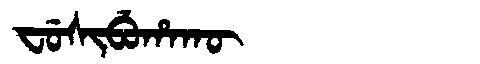
Manchu: ᠸᡠᠰᡳᠪᡠᡥᠠᡴᡡ
Romanization: FUSIBUHAKŪ